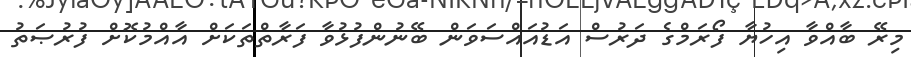
މިރޭ ބާއްވާ އިހުޔާ ފޯރަމްގެ ދަރުސް އަޑުއައްސަވަން ބޭނުންފުޅުވާ ފަރާތްތަކަށް އާއްމުކޮށް ފުރުޞަތު